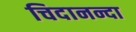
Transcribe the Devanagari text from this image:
चिदानन्दा